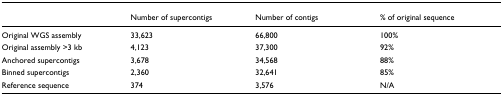
<table><thead><tr><td></td><td><b>Number of supercontigs</b></td><td><b>Number of contigs</b></td><td><b>% of original sequence</b></td></tr></thead><tbody><tr><td>Original WGS assembly</td><td>33,623</td><td>66,800</td><td>100%</td></tr><tr><td>Original assembly &gt;3 kb</td><td>4,123</td><td>37,300</td><td>92%</td></tr><tr><td>Anchored supercontigs</td><td>3,678</td><td>34,568</td><td>88%</td></tr><tr><td>Binned supercontigs</td><td>2,360</td><td>32,641</td><td>85%</td></tr><tr><td>Reference sequence</td><td>374</td><td>3,576</td><td>N/A</td></tr></tbody></table>